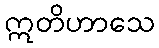
ဣတိဟာသေ